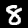
Label: 8